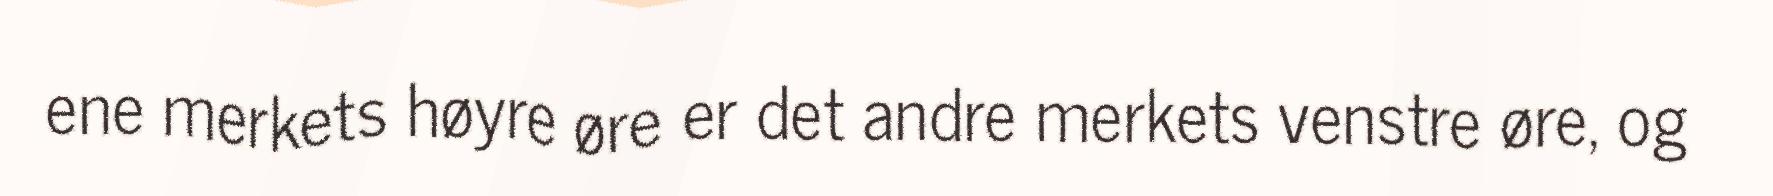
ene merkets høyre øre er det andre merkets venstre øre, og